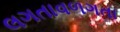
લગતાવળગતા